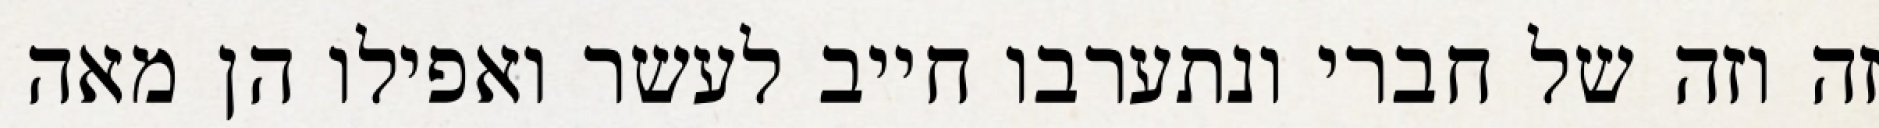
זה וזה של חברי ונתערבו חייב לעשר ואפילו הן מאה